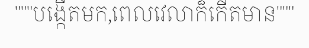
"""បង្កើតមក,ពេលវេលាក៏កើតមាន"""